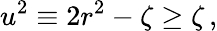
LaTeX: u^{2}\equiv 2r^{2}-\zeta\geq\zeta\, ,